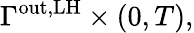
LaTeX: \Gamma^{\mathrm{out,LH}}\times(0,T),